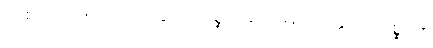
ဤစကားကိုလည်း။ ဥက္ကဋ္ဌပရိစ္ဆေဒဝသေနေဝ၊ ဥက္ကဋ္ဌပရိစ္ဆေဒ၏